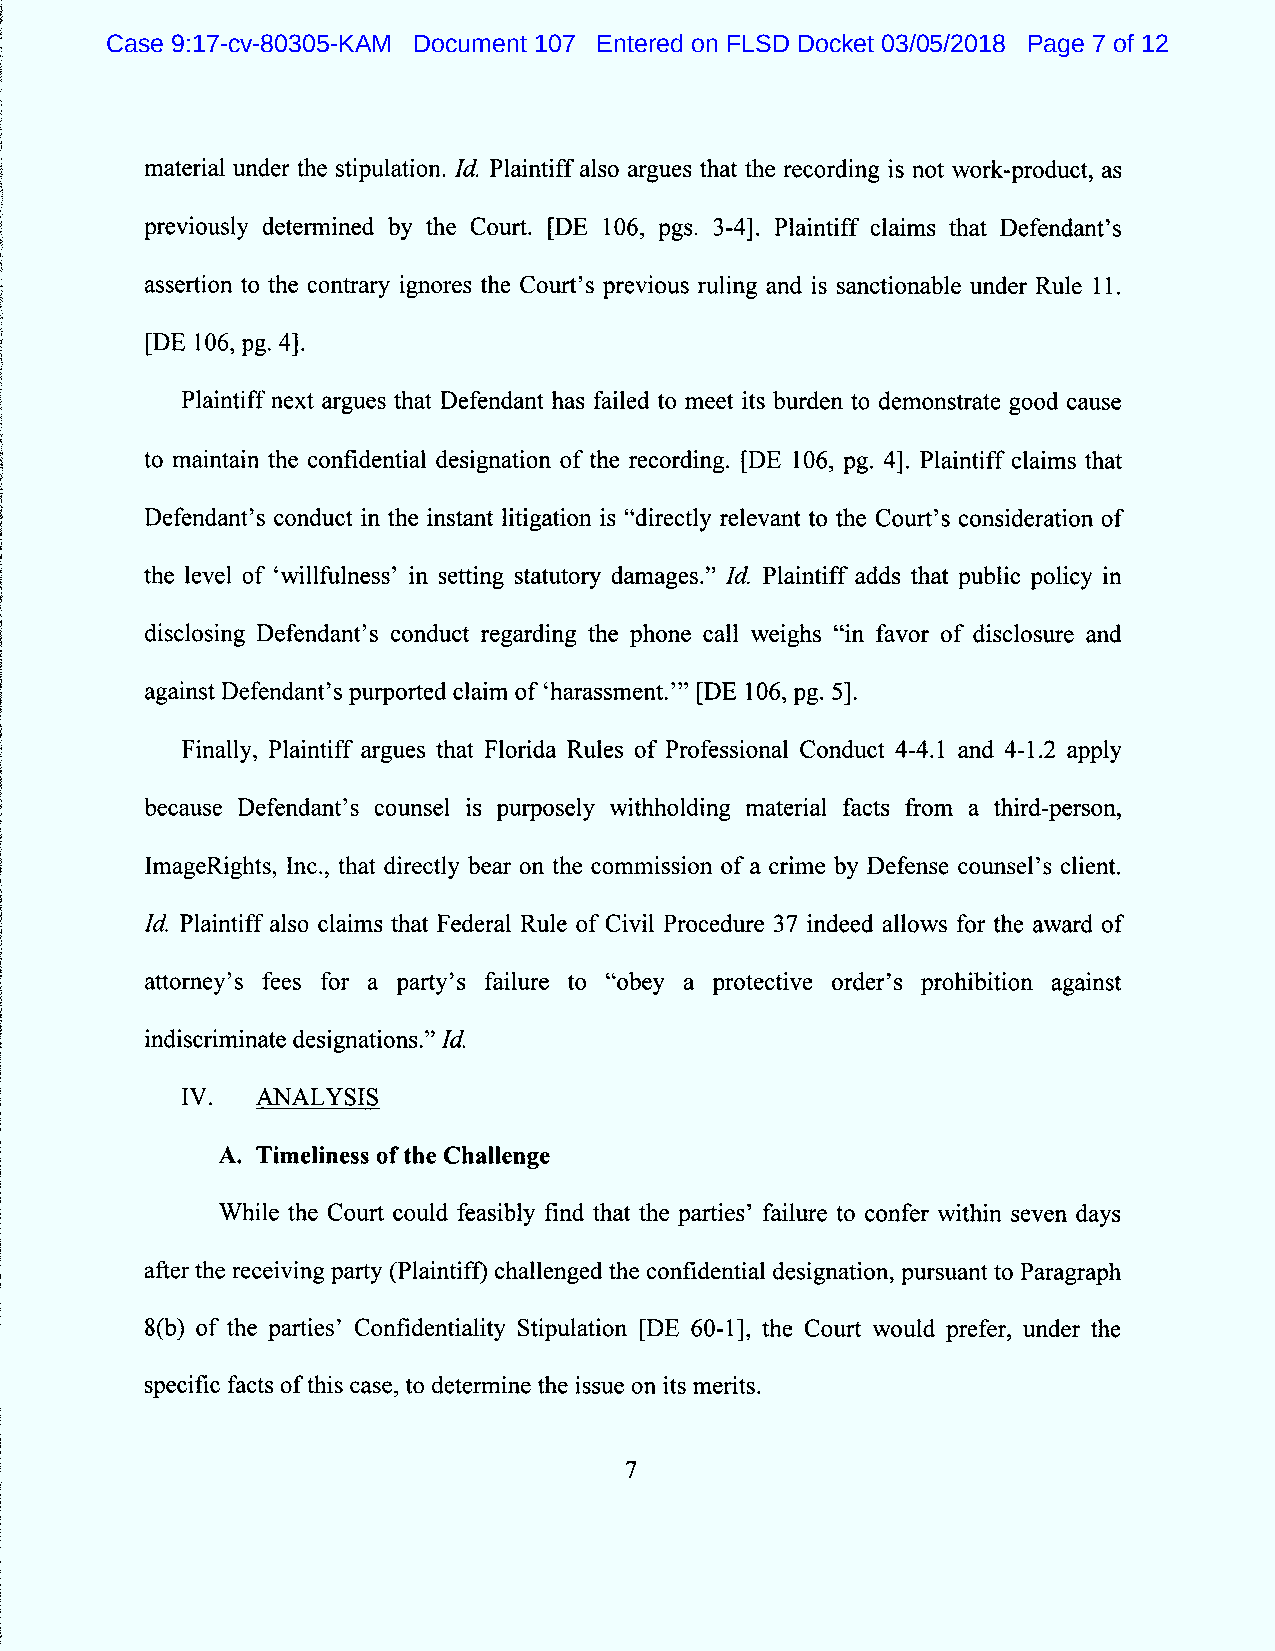
Case 9:17-cv-80305-KAM Document 107 Entered on FLSD Docket 03/05/2018 Page 7 of 12
 material under the stipulation. Id Plaintiff also argues that the recording is not work-product, as
 previously determined by the Court. (DE 106, pgs. 3-4). Plaintiff claims that Defendant's
 assertion to the contrary ignores the Court's previous ruling and is sanctionable under Rule 1 1.
 (DE 106, pg. 4J.
 Plaintiff next argues that Defendant has failed to meet its burden to demonstrate good cause
 to maintain the confidential designation of the recording. (DE 106, pg. 41. Plaintiff claims that
 Defendant's conduct in the instant litigation is Cçdirectly relevant to the Court's consideration of
 the level of Swillfulness' in setting statutory damages.'' f#. Plaintiff adds that public policy in
 disclosing Defendant's conduct regarding the phone call weighs itin favor of disclostlre and
 against Defendant's purported claim of lharassment.''' (DE 106, pg. 51.
 Finally, Plaintiff argues that Florida Rules of Professional Conduct 4-4.1 and 4-1.2 apply
 because Defendant's counsel is purposely withholding material facts from a third-person,
 lmageRights, Inc., that directly bear on the commission of a crime by Defense counsel's client.
 1d. Plaintiff also claims that Federal Rule of Civil Procedtlre 37 indeed allows for the award of
 attorney's fees for a party's failure to Slobey a protective order's prohibition against
 indiscriminate designations.'' 1d.
 ANALYSIS
 A. Timeliness of the Challenge
 W hile the Court could feasibly find that the parties' failure to confer within seven days
 after the receiving party (Plaintifg challenged the contidential designation, pursuant to Paragraph
 8(b) of the parties' Confidentiality Stipulation gDE 60-11, the Court would prefer, under the
 specific facts of this case, to determine the issue on its merits.